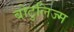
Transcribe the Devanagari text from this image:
बोटुलिज्म